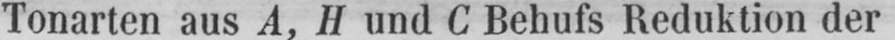
Tonarten aus A, H und C Behufs Reduktion der